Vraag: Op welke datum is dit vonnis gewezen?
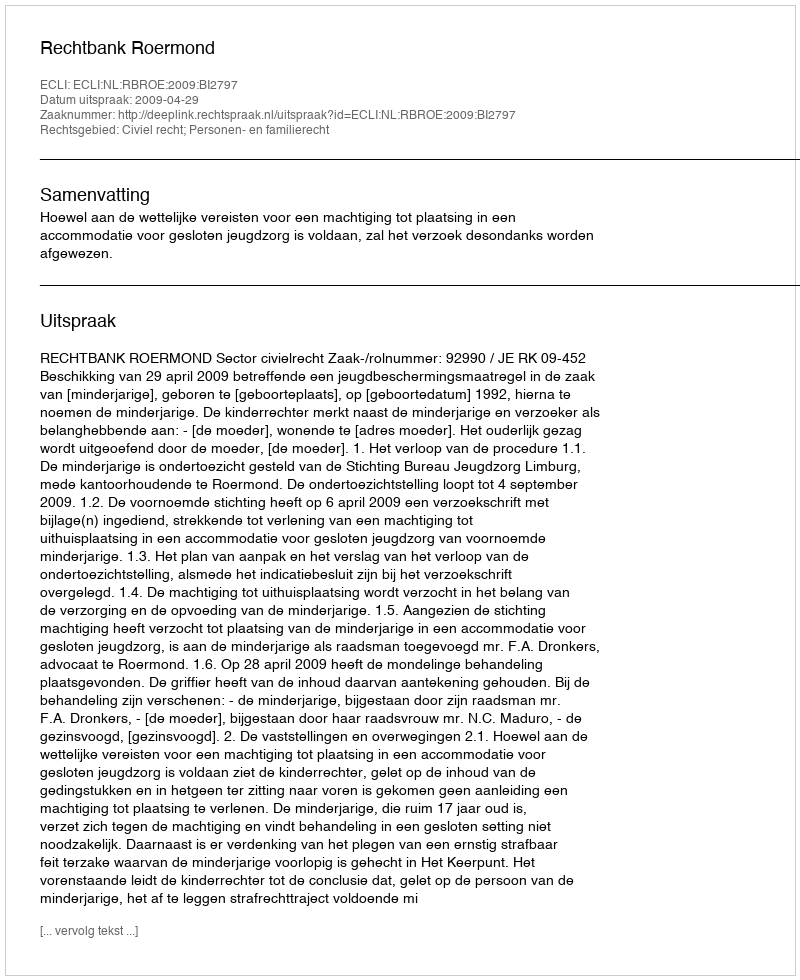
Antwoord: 2009-04-29